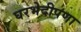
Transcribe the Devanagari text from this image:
घरभेदीपणा